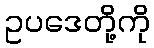
ဥပဒေတို့ကို